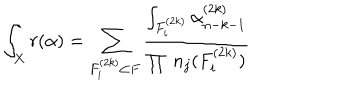
\int _ { X } r ( \alpha ) = \sum _ { F _ { i } ^ { ( 2 k ) } \subset F } \frac { \int _ { F _ { i } ^ { ( 2 k ) } } \alpha _ { n - k - 1 } ^ { ( 2 k ) } } { \prod \; n _ { j } ( F _ { i } ^ { ( 2 k ) } ) }